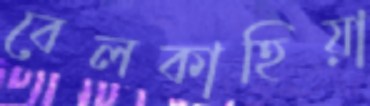
বেলকাহিয়া